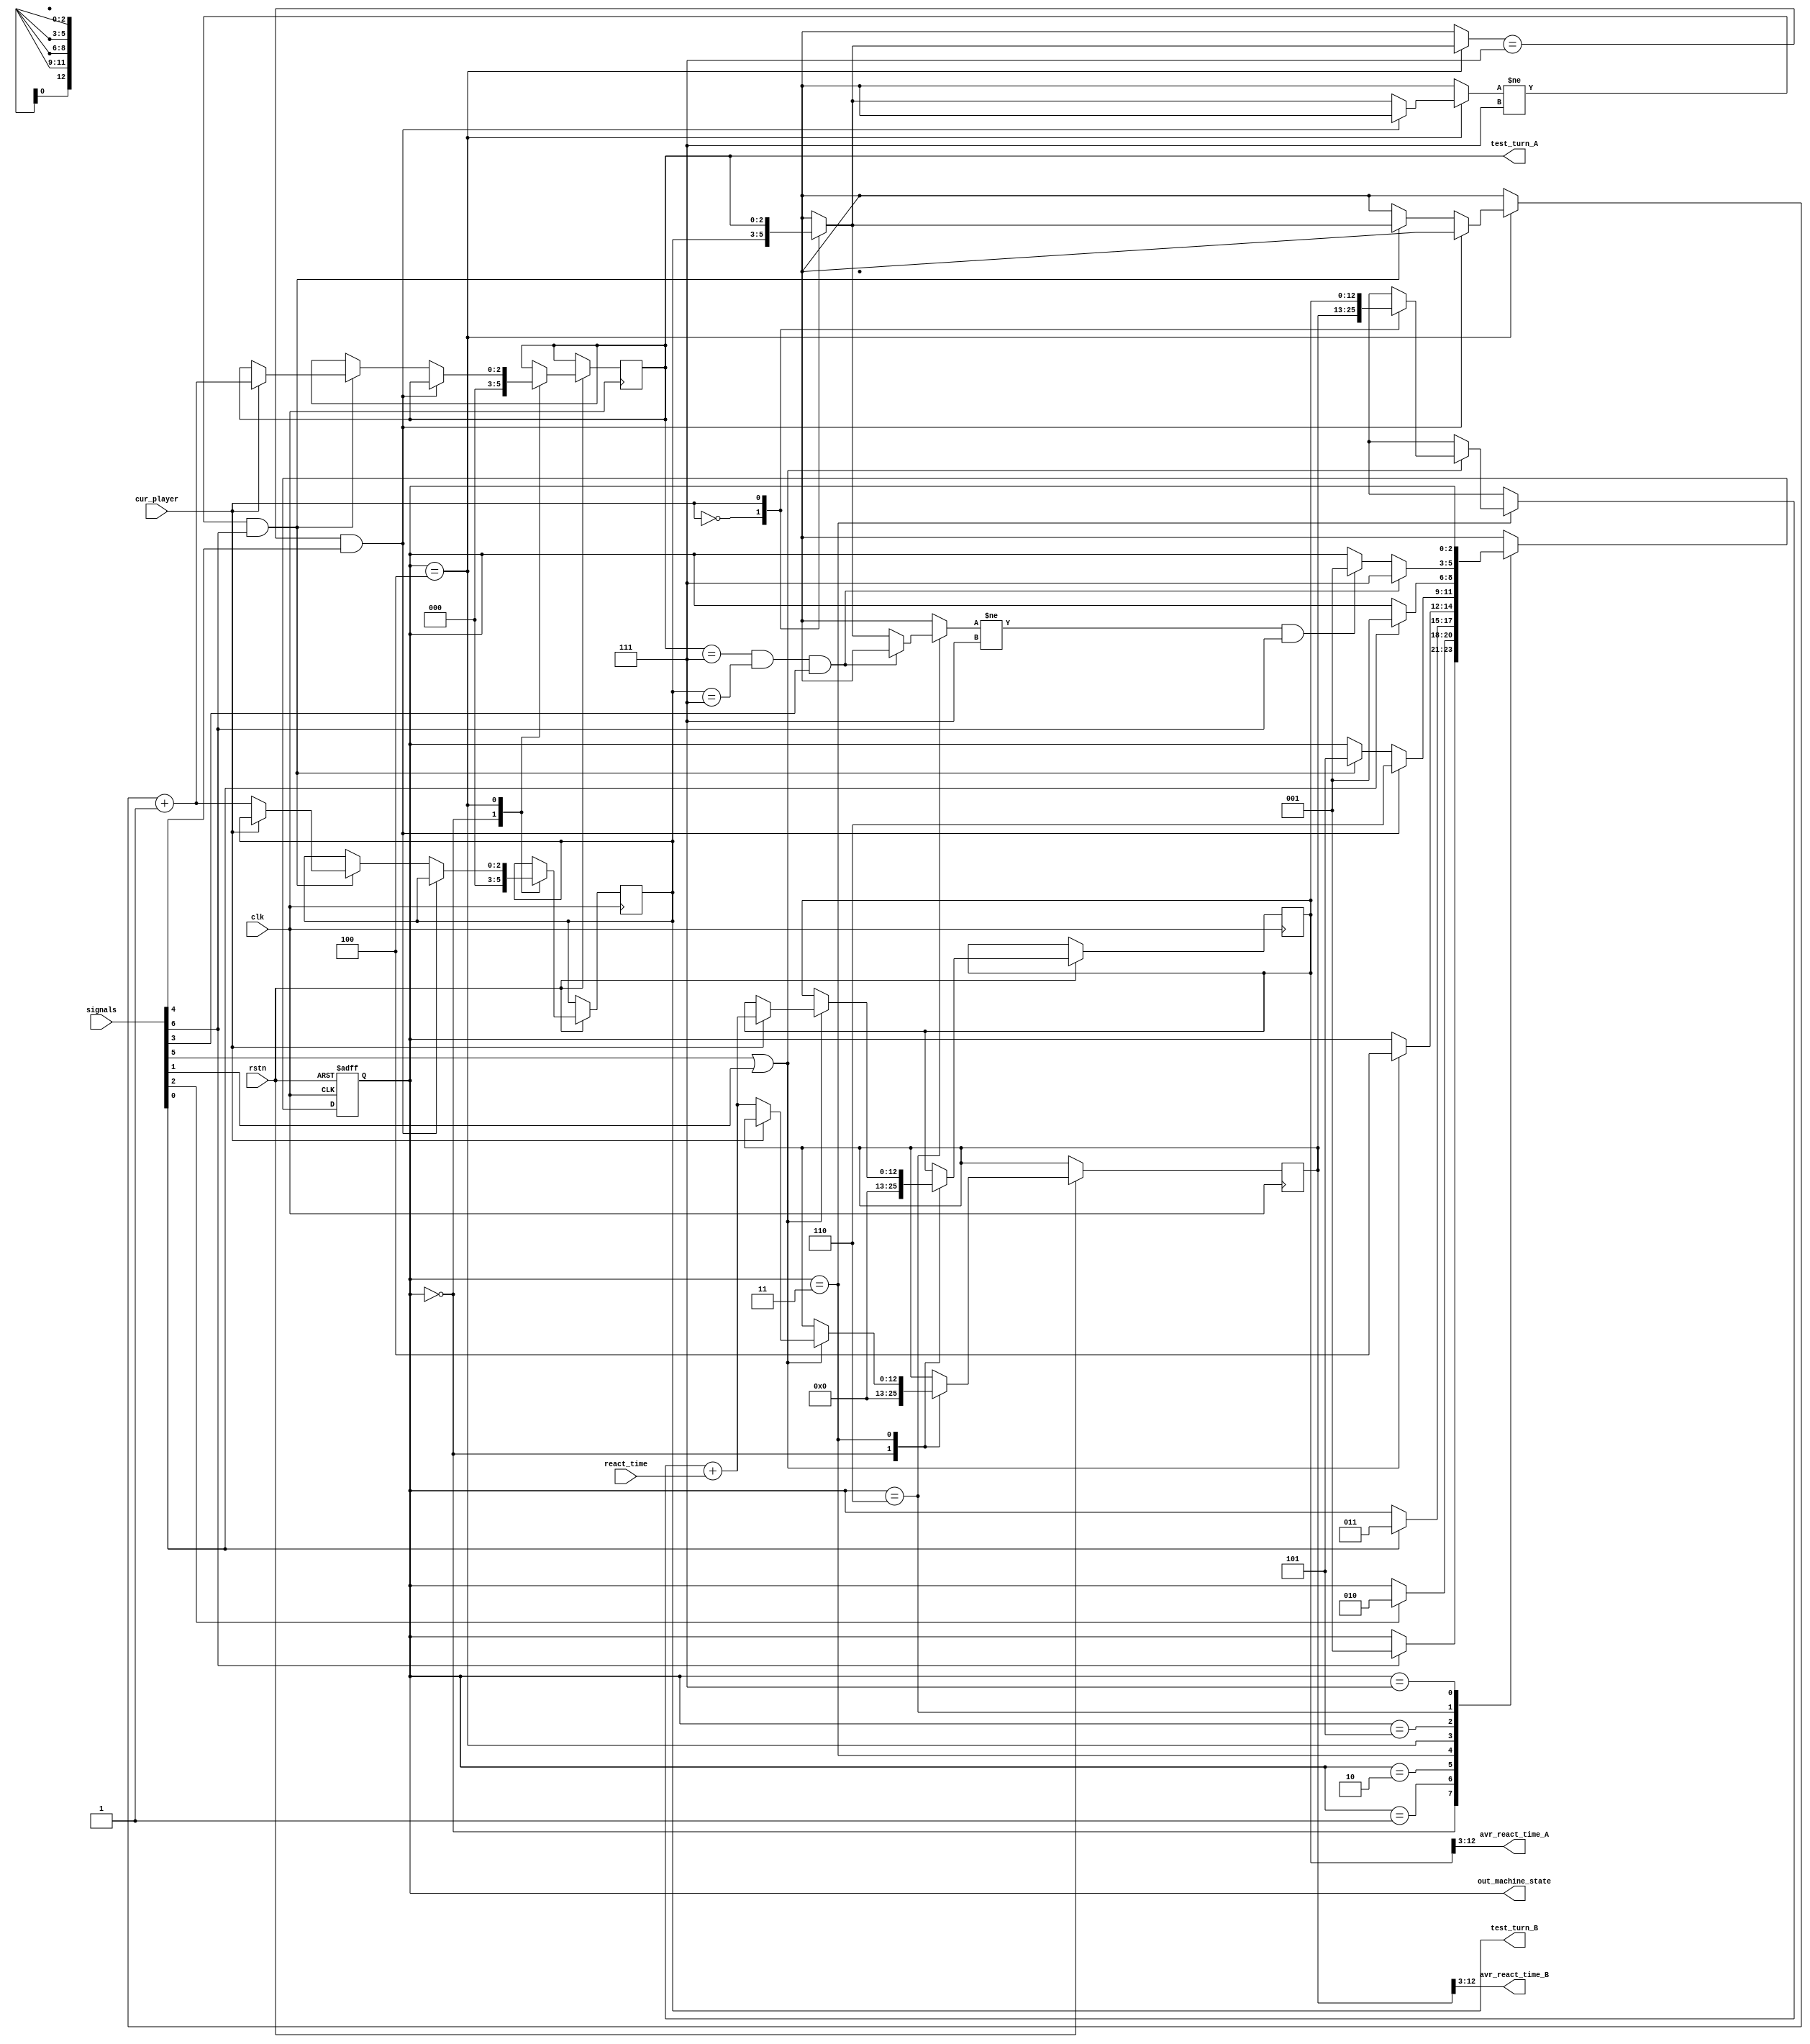
module StateMachine (
    input  wire       clk, rstn,
    input  wire       cur_player,
    input  wire [6:0] signals,
    input  wire [9:0] react_time,

    output wire [2:0] out_machine_state,
    output wire [9:0] avr_react_time_A, avr_react_time_B,
    output wire [2:0] test_turn_A, test_turn_B
);

    // 
    wire   signal_action, signal_react, signal_average, signal_compare;   // 4 
    wire   signal_start,  signal_overflow, signal_cleared;                // start: 
                                                                          // overflow: 
                                                                          // cleared: 

    assign signal_action  = signals[6];
    assign signal_react   = signals[5];
    assign signal_average = signals[4];
    assign signal_compare = signals[3];

    assign signal_start    = signals[2];
    assign signal_overflow = signals[1];
    assign signal_cleared  = signals[0];

    // 
    parameter IDLE     = 3'd0;
    parameter WAIT     = 3'd1;
    parameter CLR_CNT1 = 3'd2;
    parameter START    = 3'd3;
    parameter STORAGE  = 3'd4;
    parameter CLR_CNT2 = 3'd5;
    parameter AVERAGE  = 3'd6;
    parameter COMPARE  = 3'd7;
    parameter PLAYER_A = 1'b1;
    parameter PLAYER_B = 1'b0;

    // 
    reg  [2:0]  machine_state;          // 
    reg  [12:0] sum_react_time [1:0];   // 
    reg  [2:0]  test_turn      [1:0];   // 

    assign out_machine_state = machine_state;
    assign sum_react_time_A  = sum_react_time[PLAYER_A];
    assign sum_react_time_B  = sum_react_time[PLAYER_B];
    assign avr_react_time_A  = sum_react_time[PLAYER_A][12:3];
    assign avr_react_time_B  = sum_react_time[PLAYER_B][12:3];
    assign test_turn_A       = test_turn[PLAYER_A];
    assign test_turn_B       = test_turn[PLAYER_B];

    // 
    always @(posedge clk or negedge rstn) begin
        if (!rstn)
            machine_state <= IDLE;
        else begin
            case (machine_state)
            IDLE   : begin
                sum_react_time[PLAYER_A] <= 12'd0;
                sum_react_time[PLAYER_B] <= 12'd0;
                test_turn[PLAYER_A]      <= 3'd0;
                test_turn[PLAYER_B]      <= 3'd0;

                machine_state <= signal_action ? WAIT : machine_state;
            end
            WAIT   : begin
                machine_state <= signal_start ? CLR_CNT1 : machine_state;
            end
            CLR_CNT1: begin
                machine_state <= signal_cleared ? START : machine_state;
            end
            START  : begin
                if (signal_react || signal_overflow) begin
                    machine_state <= STORAGE;
                    sum_react_time[cur_player] <= sum_react_time[cur_player] + react_time;
                end
                else machine_state <= machine_state;
            end
            STORAGE: begin
                if (test_turn[cur_player] == 3'd7 && signal_average)
                    machine_state <= AVERAGE;
                else if (test_turn[cur_player] != 3'd7 && signal_action) begin
                    machine_state <= CLR_CNT2;
                    test_turn[cur_player] <= test_turn[cur_player] + 3'd1;
                end
                else machine_state <= machine_state;
            end
            CLR_CNT2: begin
                machine_state <= signal_cleared ? WAIT : machine_state;
            end
            AVERAGE: begin
                if (test_turn[PLAYER_A] == 3'd7 && test_turn[PLAYER_B] == 3'd7 && signal_compare)
                    machine_state <= COMPARE;
                else if (test_turn[cur_player] != 3'd7 && signal_action)
                    machine_state <= WAIT;
                else machine_state <= machine_state;
            end
            COMPARE: machine_state <= machine_state;
            default: machine_state <= IDLE;
            endcase
        end
    end

endmodule //StateMachine